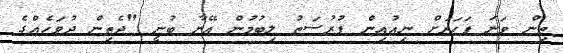
ތިން ވަނަ ފަހަރަށް ނިއުއިން ފުރުސަތު ލިބުމުން އޭނާ ބުނީ "ދެތިން ދުވަހެއްގެ